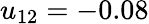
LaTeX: u_{12}=-0.08